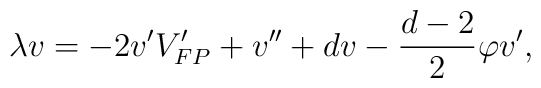
\lambda v=-2v'V_{FP}'+v''+dv-\frac{d-2}{2}\varphi v',